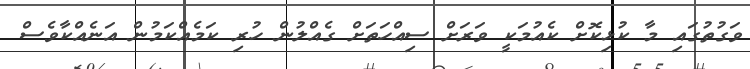
ވަގުތުގައި މާ ކުޅިކޮށް ކެއުމަކީ ވަރަށް ސިއްހަތަށް ގެއްލުން ހުރި ކަމެއްކަމުން އަނެއްކާވެސް